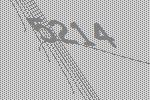
5214